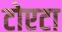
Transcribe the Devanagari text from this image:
टोएटा